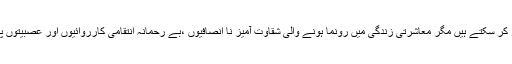
سلطان جمیل نسیم ہر قسم کی زیادتی پر صبر کر سکتے ہیں مگر معاشرتی زندگی میں رونما ہونے والی شقاوت آمیز نا انصافیوں ،بے رحمانہ انتقامی کارروائیوں اور عصبیتوں پر مبنی امتیازی سلوک پر وہ تڑپ اٹھتے ہیں۔